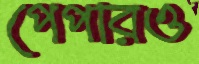
পেপারও